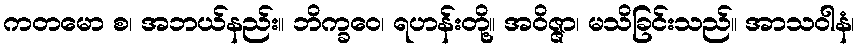
ကတမော စ၊ အဘယ်နည်း။ ဘိက္ခဝေ၊ ရဟန်းတို့။ အဝိဇ္ဇာ၊ မသိခြင်းသည်။ အာသဝါနံ၊